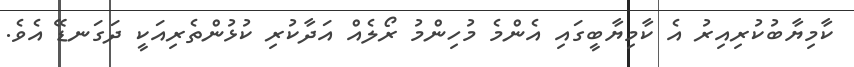
ކާމިޔާބުކުރިއިރު އެ ކާމިޔާބީގައި އެންމެ މުހިންމު ރޯލެއް އަދާކުރި ކުޅުންތެރިއަކީ ދަގަނޑޭ އެވެ.